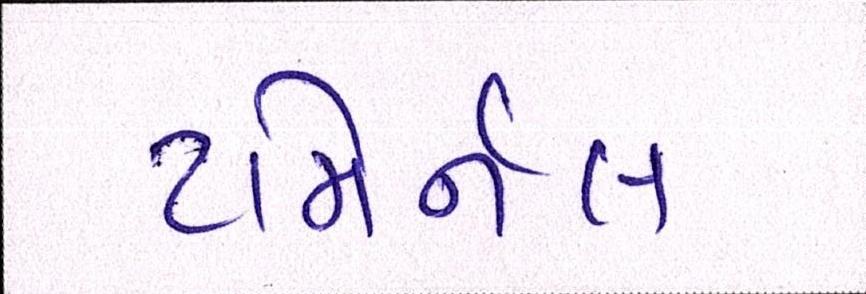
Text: ટમિર્નલ